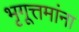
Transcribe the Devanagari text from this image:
भृगूत्तमांना